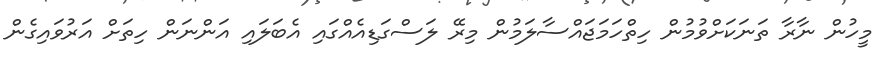
މީހުން ނާރާ ތަނަކަށްވުމުން ހިތްހަމަޖައްސާލަމުން މިރޭ ލަސްގަޑިއެއްގައި އެބަލައި އަންނަން ހިތަށް އަރުވައިގެން